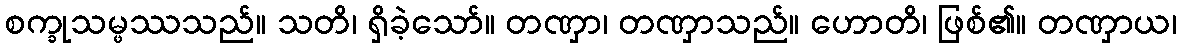
စက္ခုသမ္ဖဿသည်။ သတိ၊ ရှိခဲ့သော်။ တဏှာ၊ တဏှာသည်။ ဟောတိ၊ ဖြစ်၏။ တဏှာယ၊